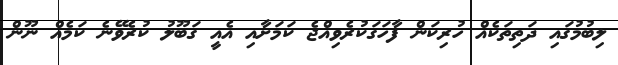
ލިބުމުގައި ދަތިތަކެއް ހުރިކަން ފާހަގަކުރެވިއްޖެ ކަމަށާއި އެއީ ގަބޫލު ކުރެވޭނެ ކަމެއް ނޫން